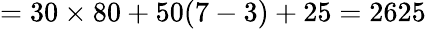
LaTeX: =30\times 80+50(7-3)+25=2625